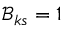
\mathcal { B } _ { k s } = 1